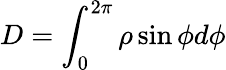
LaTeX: D=\int_{0}^{2\pi}\rho\sin{\phi}d\phi